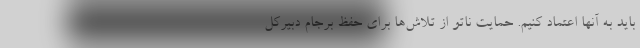
باید به آنها اعتماد کنیم. حمایت ناتو از تلاش‌ها برای حفظ برجام دبیرکل